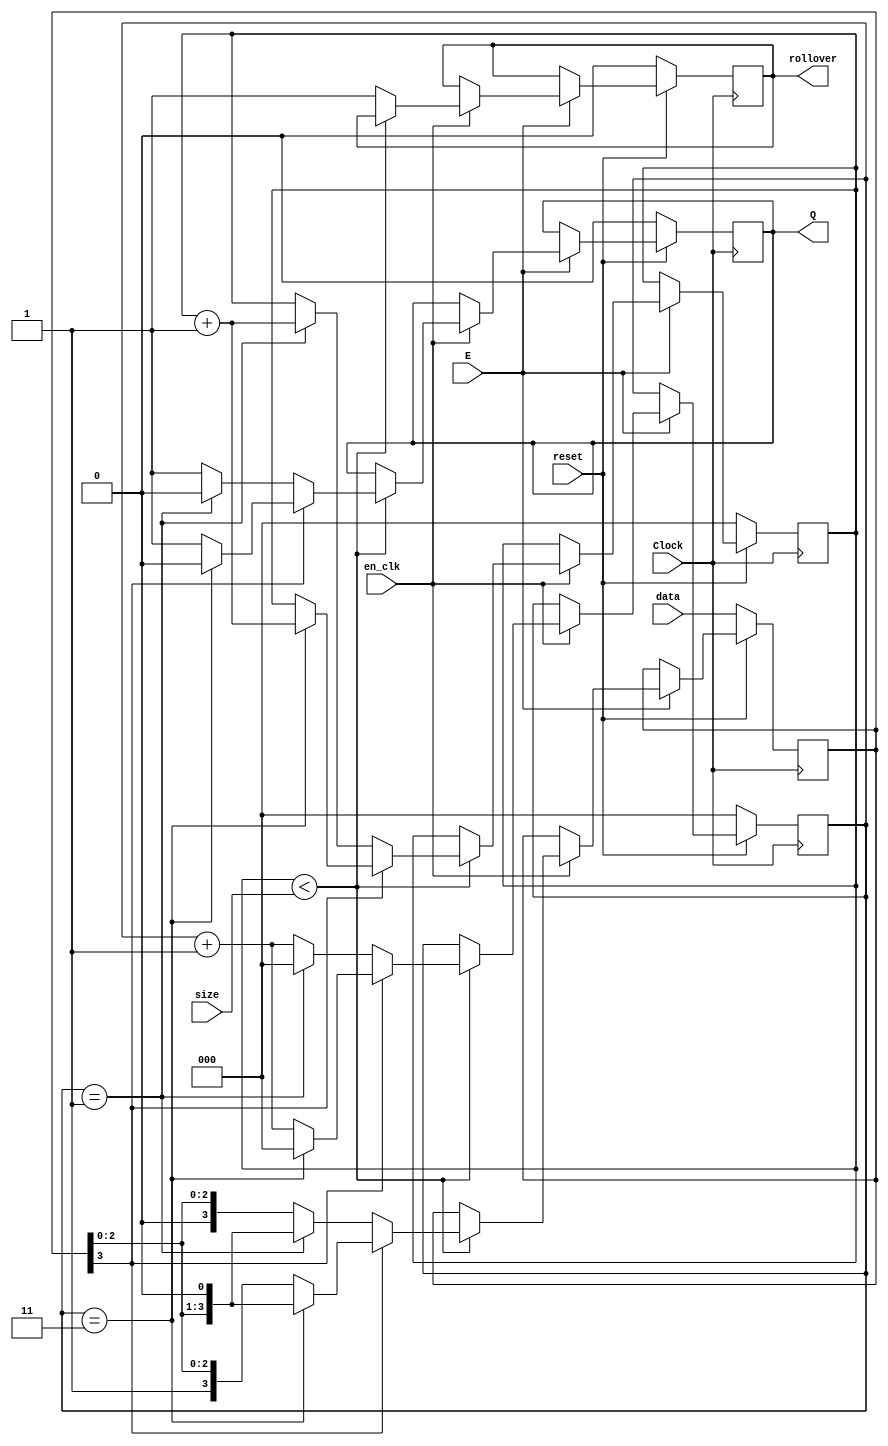
//counter for morse code. Shifts left to continue through morse code
module two_bit_counter (data, size, Clock, reset, E, en_clk, Q, rollover);
input Clock, reset, E, en_clk;
input [3:0] data;
input [2:0] size;

output Q;
output rollover;

reg Q;
reg [2:0] count, size_count;
reg [3:0] shift;
reg rollover;

//counter 0.5s
always @(posedge Clock) begin
	if (reset == 0) begin
		Q <= 0;
		count <= 0;
		size_count <= 0;
		shift <= data;
		rollover <= 0;
	end
	//KEY[1] pressed, logic module enable module
	else if(E == 1) begin
		if(en_clk == 1) begin
			if(size_count < size) begin
				if(shift[3] == 0) begin
					if(count == 1) begin
						Q <= 0;
						shift <= shift << 1;
						count <= 0;
						size_count <= size_count + 1;
					end
					else begin
						Q <= 1;
						count <= count + 1;
					end
				end
				
				else if(shift[3] == 1) begin
					if(count == 3) begin
						Q <= 0;
						shift <= shift << 1;
						count <= 0;
						size_count <= size_count + 1;
					end
					else begin
						Q <= 1;
						count <= count + 1;
					end
				end
			end
			else
				rollover <= 1;
		end
	end
end

endmodule